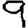
Digit: 9